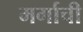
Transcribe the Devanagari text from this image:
मर्गाची